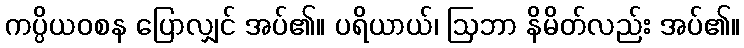
ကပ္ပိယဝစန ပြောလျှင် အပ်၏။ ပရိယာယ်၊ ဩဘာ နိမိတ်လည်း အပ်၏။